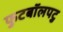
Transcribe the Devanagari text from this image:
फुटबॉलपटु